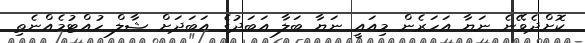
ކޮށްދެވޭނެ ނަޔާ އަހަރެން މިއައީ ނަޔާ ބަލާ އަބަދުގެ އަބަދަށް ޝާލް ހުއްޓުމެއްނެތި